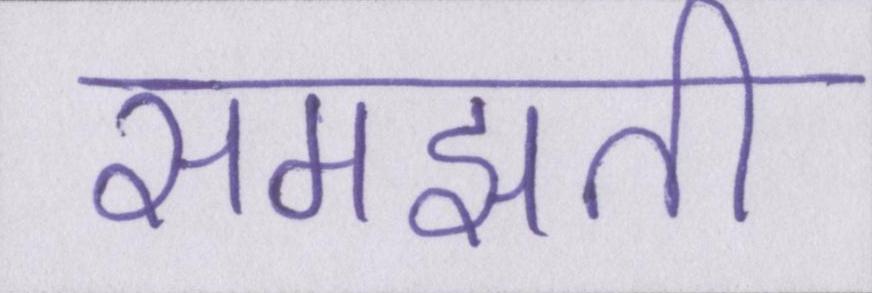
समझती